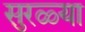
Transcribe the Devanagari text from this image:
सुरळ्या